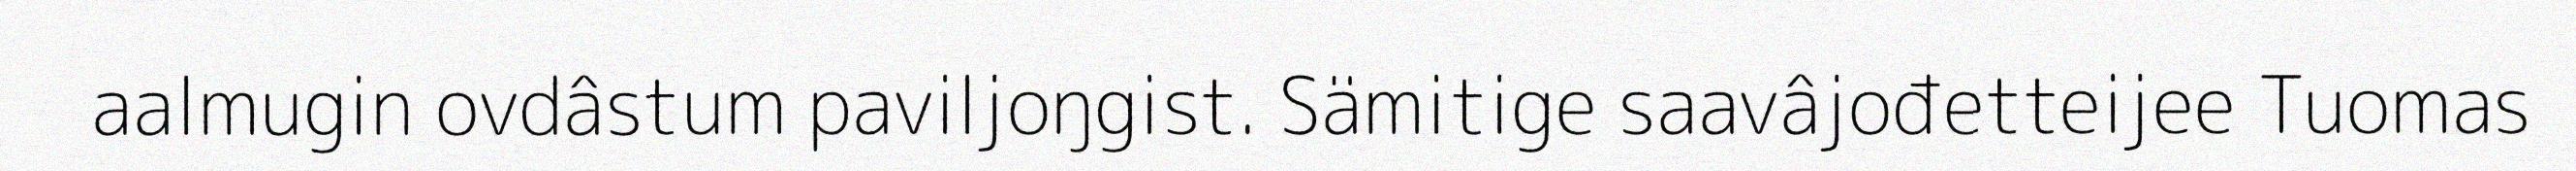
aalmugin ovdâstum paviljoŋgist. Sämitige saavâjođetteijee Tuomas